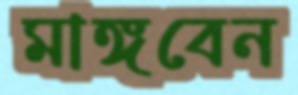
মাঙ্গবেন